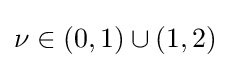
\nu \in (0,1)\cup (1,2)